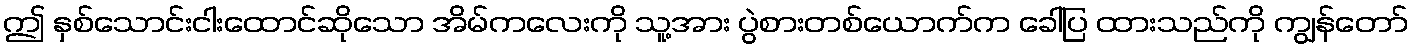
ဤ နှစ်သောင်းငါးထောင်ဆိုသော အိမ်ကလေးကို သူ့အား ပွဲစားတစ်ယောက်က ခေါ်ပြ ထားသည်ကို ကျွန်တော်